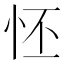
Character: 怌